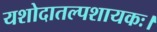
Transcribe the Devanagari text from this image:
यशोदातल्पशायकः।